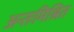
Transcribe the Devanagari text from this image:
अन्तःमिश्रित